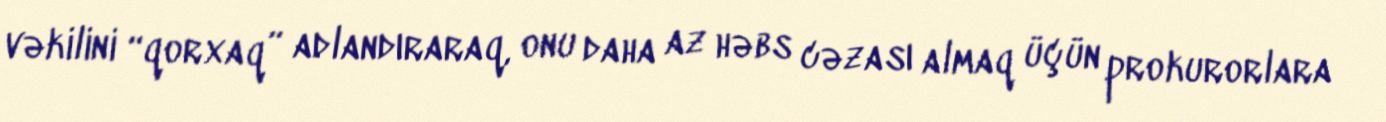
vəkilini “qorxaq” adlandıraraq, onu daha az həbs cəzası almaq üçün prokurorlara